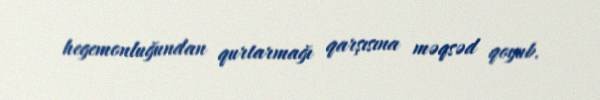
hegemonluğundan qurtarmağı qarşısına məqsəd qoyub.